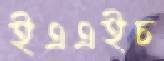
ইএএইচ